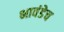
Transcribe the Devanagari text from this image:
भावंडेच